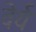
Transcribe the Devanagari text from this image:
वेर्य